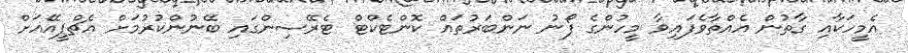
އެމީހަކާއި ގާތުން އެއްތާވެފައިވާ މީހުންގެ ފޯނު ނަންބަރުތައް ކޮންޓެކްޓް ޓެރޭސިންގައި ބޭނުންކުރުމަށް އެޗްޕީއޭއަށް